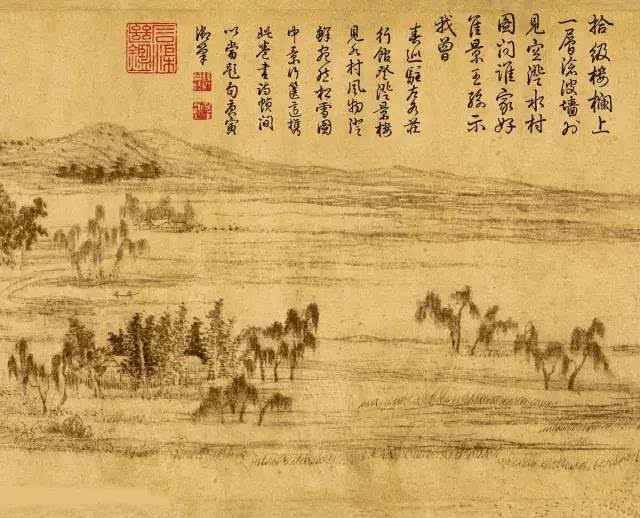
莫向西湖歌此曲，水光山色不胜悲。